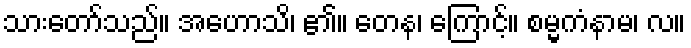
သားတော်သည်။ အဟောသိ၊ ၏။ တေန၊ ကြောင့်။ စမ္မကံနာမ၊ လ။